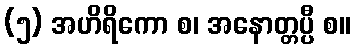
(၅) အဟိရိကော စ၊ အနောတ္တပ္ပီ စ။